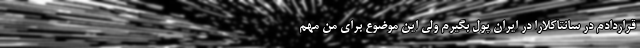
قراردادم در سانتاکلارا در ایران پول بگیرم ولی این موضوع برای من مهم